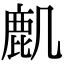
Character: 𪊋